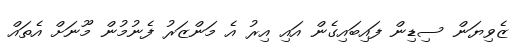
ޒެވިޔަން ސިޑިން ފައިބައިގެން އައި އިރު އެ މަންޒަރު ފެނުމުން މޫނަށް އެތައް